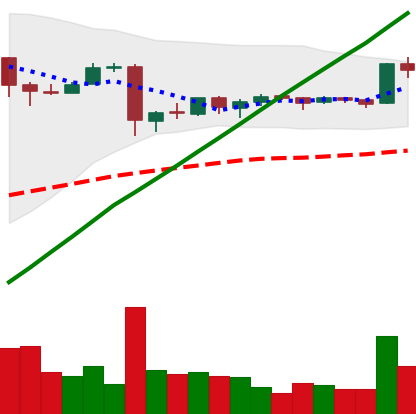
Ticker: BTC-USD
Chart end date: 2016-01-08
Forward return: -4.602%
Label: down_3_5